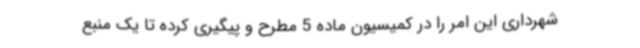
شهرداری این امر را در کمیسیون ماده 5 مطرح و پیگیری کرده تا یک منبع